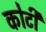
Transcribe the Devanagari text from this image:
काेटी